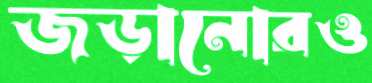
জড়ানোরও